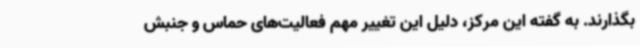
بگذارند. به گفته این مرکز، دلیل این تغییر مهم فعالیت‌های حماس و جنبش